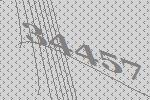
34457